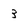
Character: 3